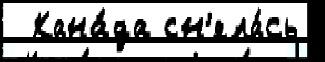
  Кана́да сн'яла́сь